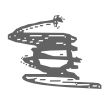
Text: a
Cross-out: scratch
Writing tool: digital_gray